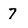
Character: 7